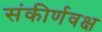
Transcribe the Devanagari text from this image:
संकीर्णवक्ष